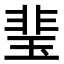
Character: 㻗